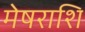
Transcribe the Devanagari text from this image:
मेषराशि